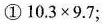
①$$1 0 . 3 \times 9 . 7$$；